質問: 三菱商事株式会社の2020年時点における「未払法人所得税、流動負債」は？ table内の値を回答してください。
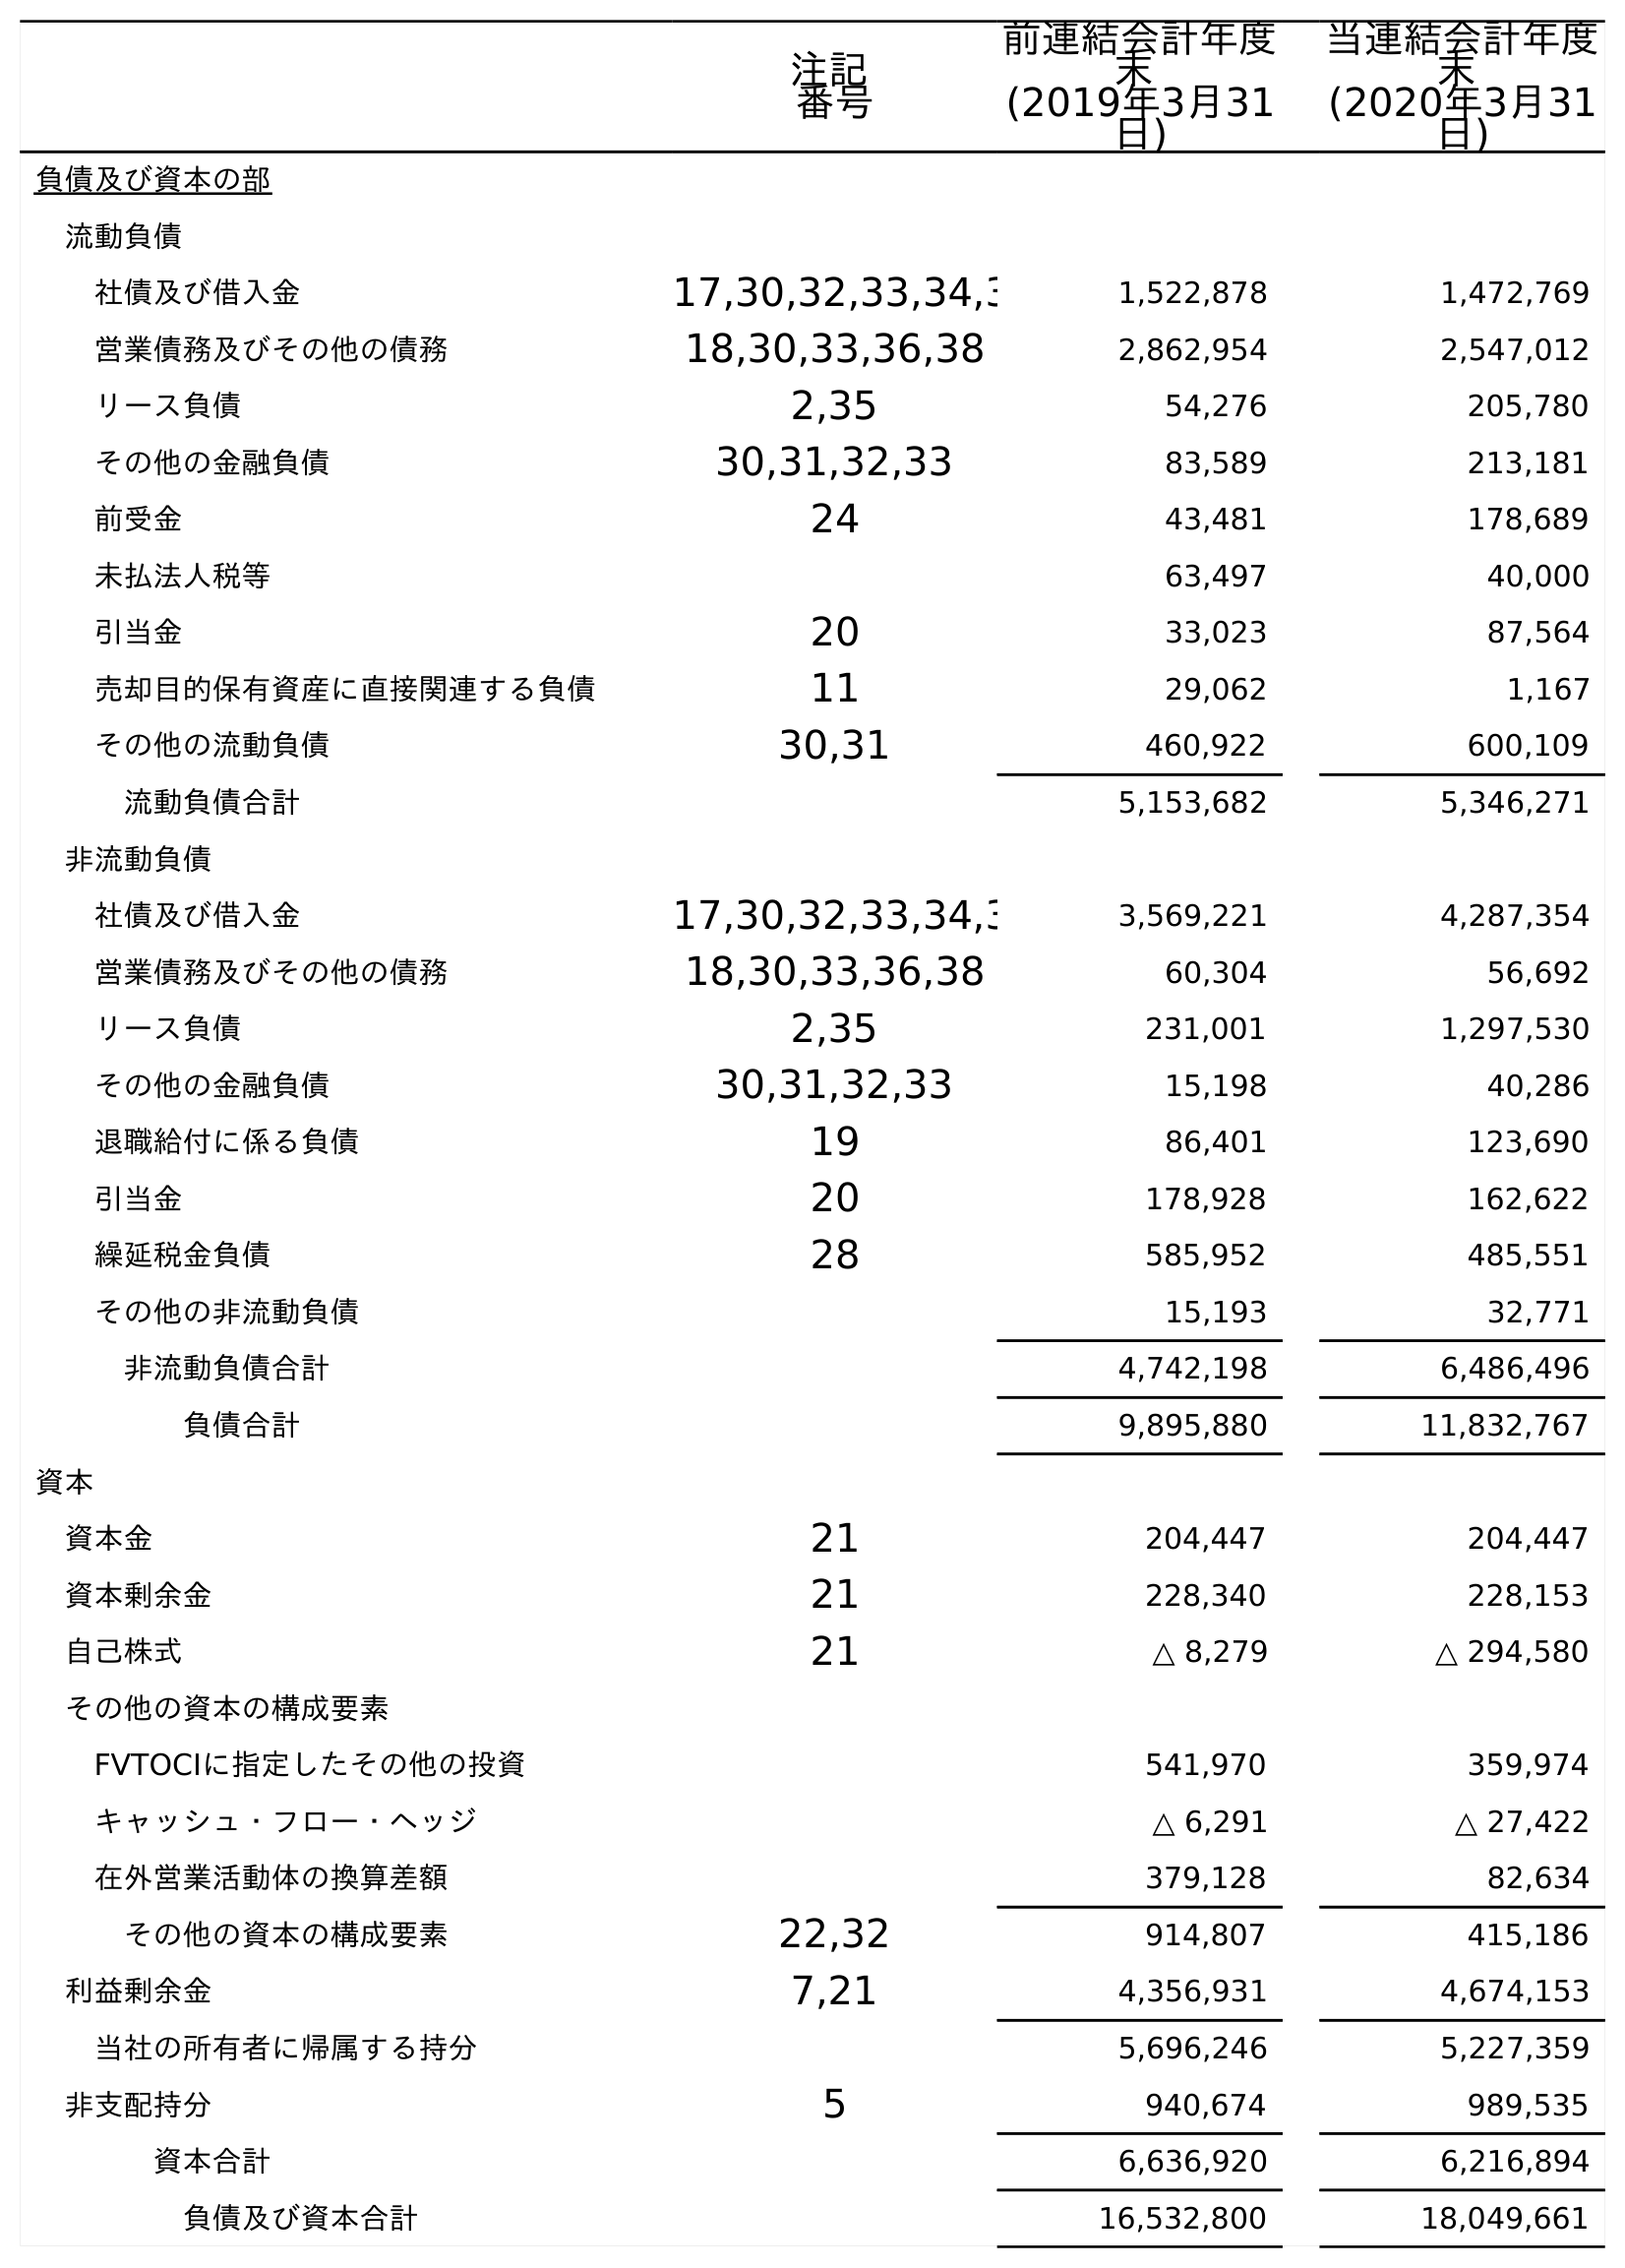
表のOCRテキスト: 注記 番号 前連結会計年度 末 (2019年3月31 日) 当連結会計年度 末 (2020年3月31 日) 負債及び資本の部 流動負債 社債及び借入金 17,30,32,33,34,3 1,522,878 1,472,769 営業債務及びその他の債務 18,30,33,36,38 2,862,954 2,547,012 リース負債 2,35 54,276 205,780 その他の金融負債 30,31,32,33 83,589 213,181 前受金 24 43,481 178,689 未払法人税等 63,497 40,000 引当金 20 33,023 87,564 売却目的保有資産に直接関連する負債 11 29,062 1,167 その他の流動負債 30,31 460,922 600,109 流動負債合計 5,153,682 5,346,271 非流動負債 社債及び借入金 17,30,32,33,34,3 3,569,221 4,287,354 営業債務及びその他の債務 18,30,33,36,38 60,304 56,692 リース負債 2,35 231,001 1,297,530 その他の金融負債 30,31,32,33 15,198 40,286 退職給付に係る負債 19 86,401 123,690 引当金 20 178,928 162,622 繰延税金負債 28 585,952 485,551 その他の非流動負債 15,193 32,771 非流動負債合計 4,742,198 6,486,496 負債合計 9,895,880 11,832,767 資本 資本金 21 204,447 204,447 資本剰余金 21 228,340 228,153 自己株式 21 △ 8,279 △ 294,580 その他の資本の構成要素 FVTOCIに指定したその他の投資 541,970 359,974 キャッシュ・フロー・ヘッジ △ 6,291 △ 27,422 在外営業活動体の換算差額 379,128 82,634 その他の資本の構成要素 22,32 914,807 415,186 利益剰余金 7,21 4,356,931 4,674,153 当社の所有者に帰属する持分 5,696,246 5,227,359 非支配持分 5 940,674 989,535 資本合計 6,636,920 6,216,894 負債及び資本合計 16,532,800 18,049,661
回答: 40,000